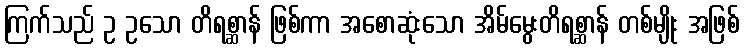
ကြက်သည် ဥ ဥသော တိရစ္ဆာန် ဖြစ်ကာ အစောဆုံးသော အိမ်မွေးတိရစ္ဆာန် တစ်မျိုး အဖြစ်